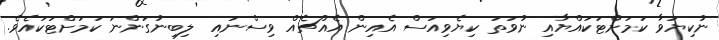
ނުކިޔަވާ ކަމަށްޓަކައްޔާއި ނުވަތަ ކިޔެވިއަސް އެއިން އެއްޗެއް ވިސްނައި  ލިބިނުގަންނަ ކަމަށްޓަކައެވެ.